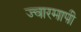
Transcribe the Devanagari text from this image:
ज्वारमापी